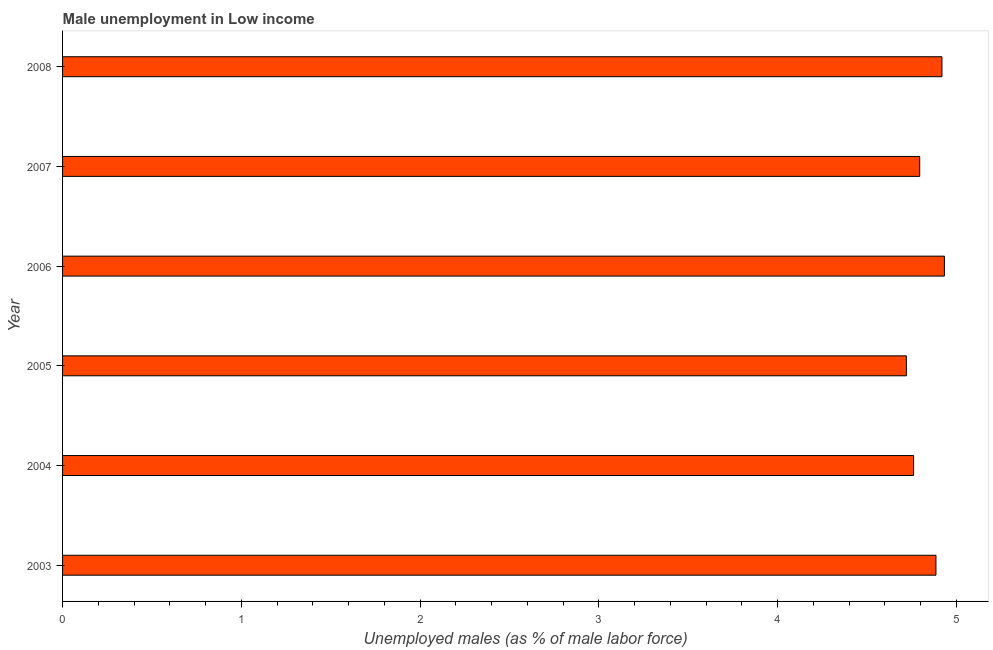
| Year | Unemployment |
 | --- | --- |
 | 2003 | 4.89 |
 | 2004 | 4.76 |
 | 2005 | 4.72 |
 | 2006 | 4.93 |
 | 2007 | 4.79 |
 | 2008 | 4.92 |